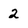
Character: 2